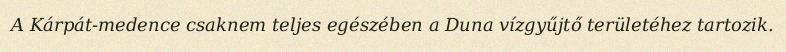
A Kárpát-medence csaknem teljes egészében a Duna vízgyűjtő területéhez tartozik.